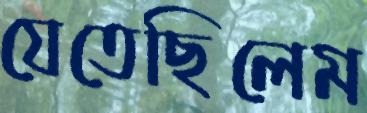
যেতেছিলেম